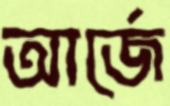
আর্জে